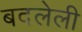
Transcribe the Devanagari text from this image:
बदलेली